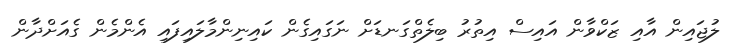
ލުޖައިން އާއި ޒަކްވާން އައިސް އިތުރު ބިލެތްގަނޑަށް ނަގައިގެން ކައިނިންމާލައިފައި އެންމެން ގެއަށްދާން